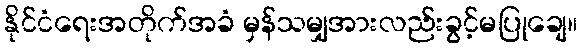
နိုင်ငံရေးအတိုက်အခံ မှန်သမျှအားလည်းခွင့်မပြုချေ။